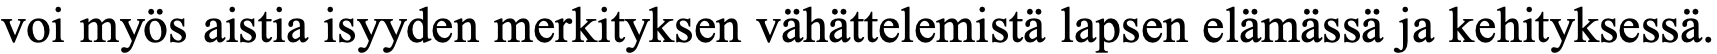
voi myös aistia isyyden merkityksen vähättelemistä lapsen elämässä ja kehityksessä.